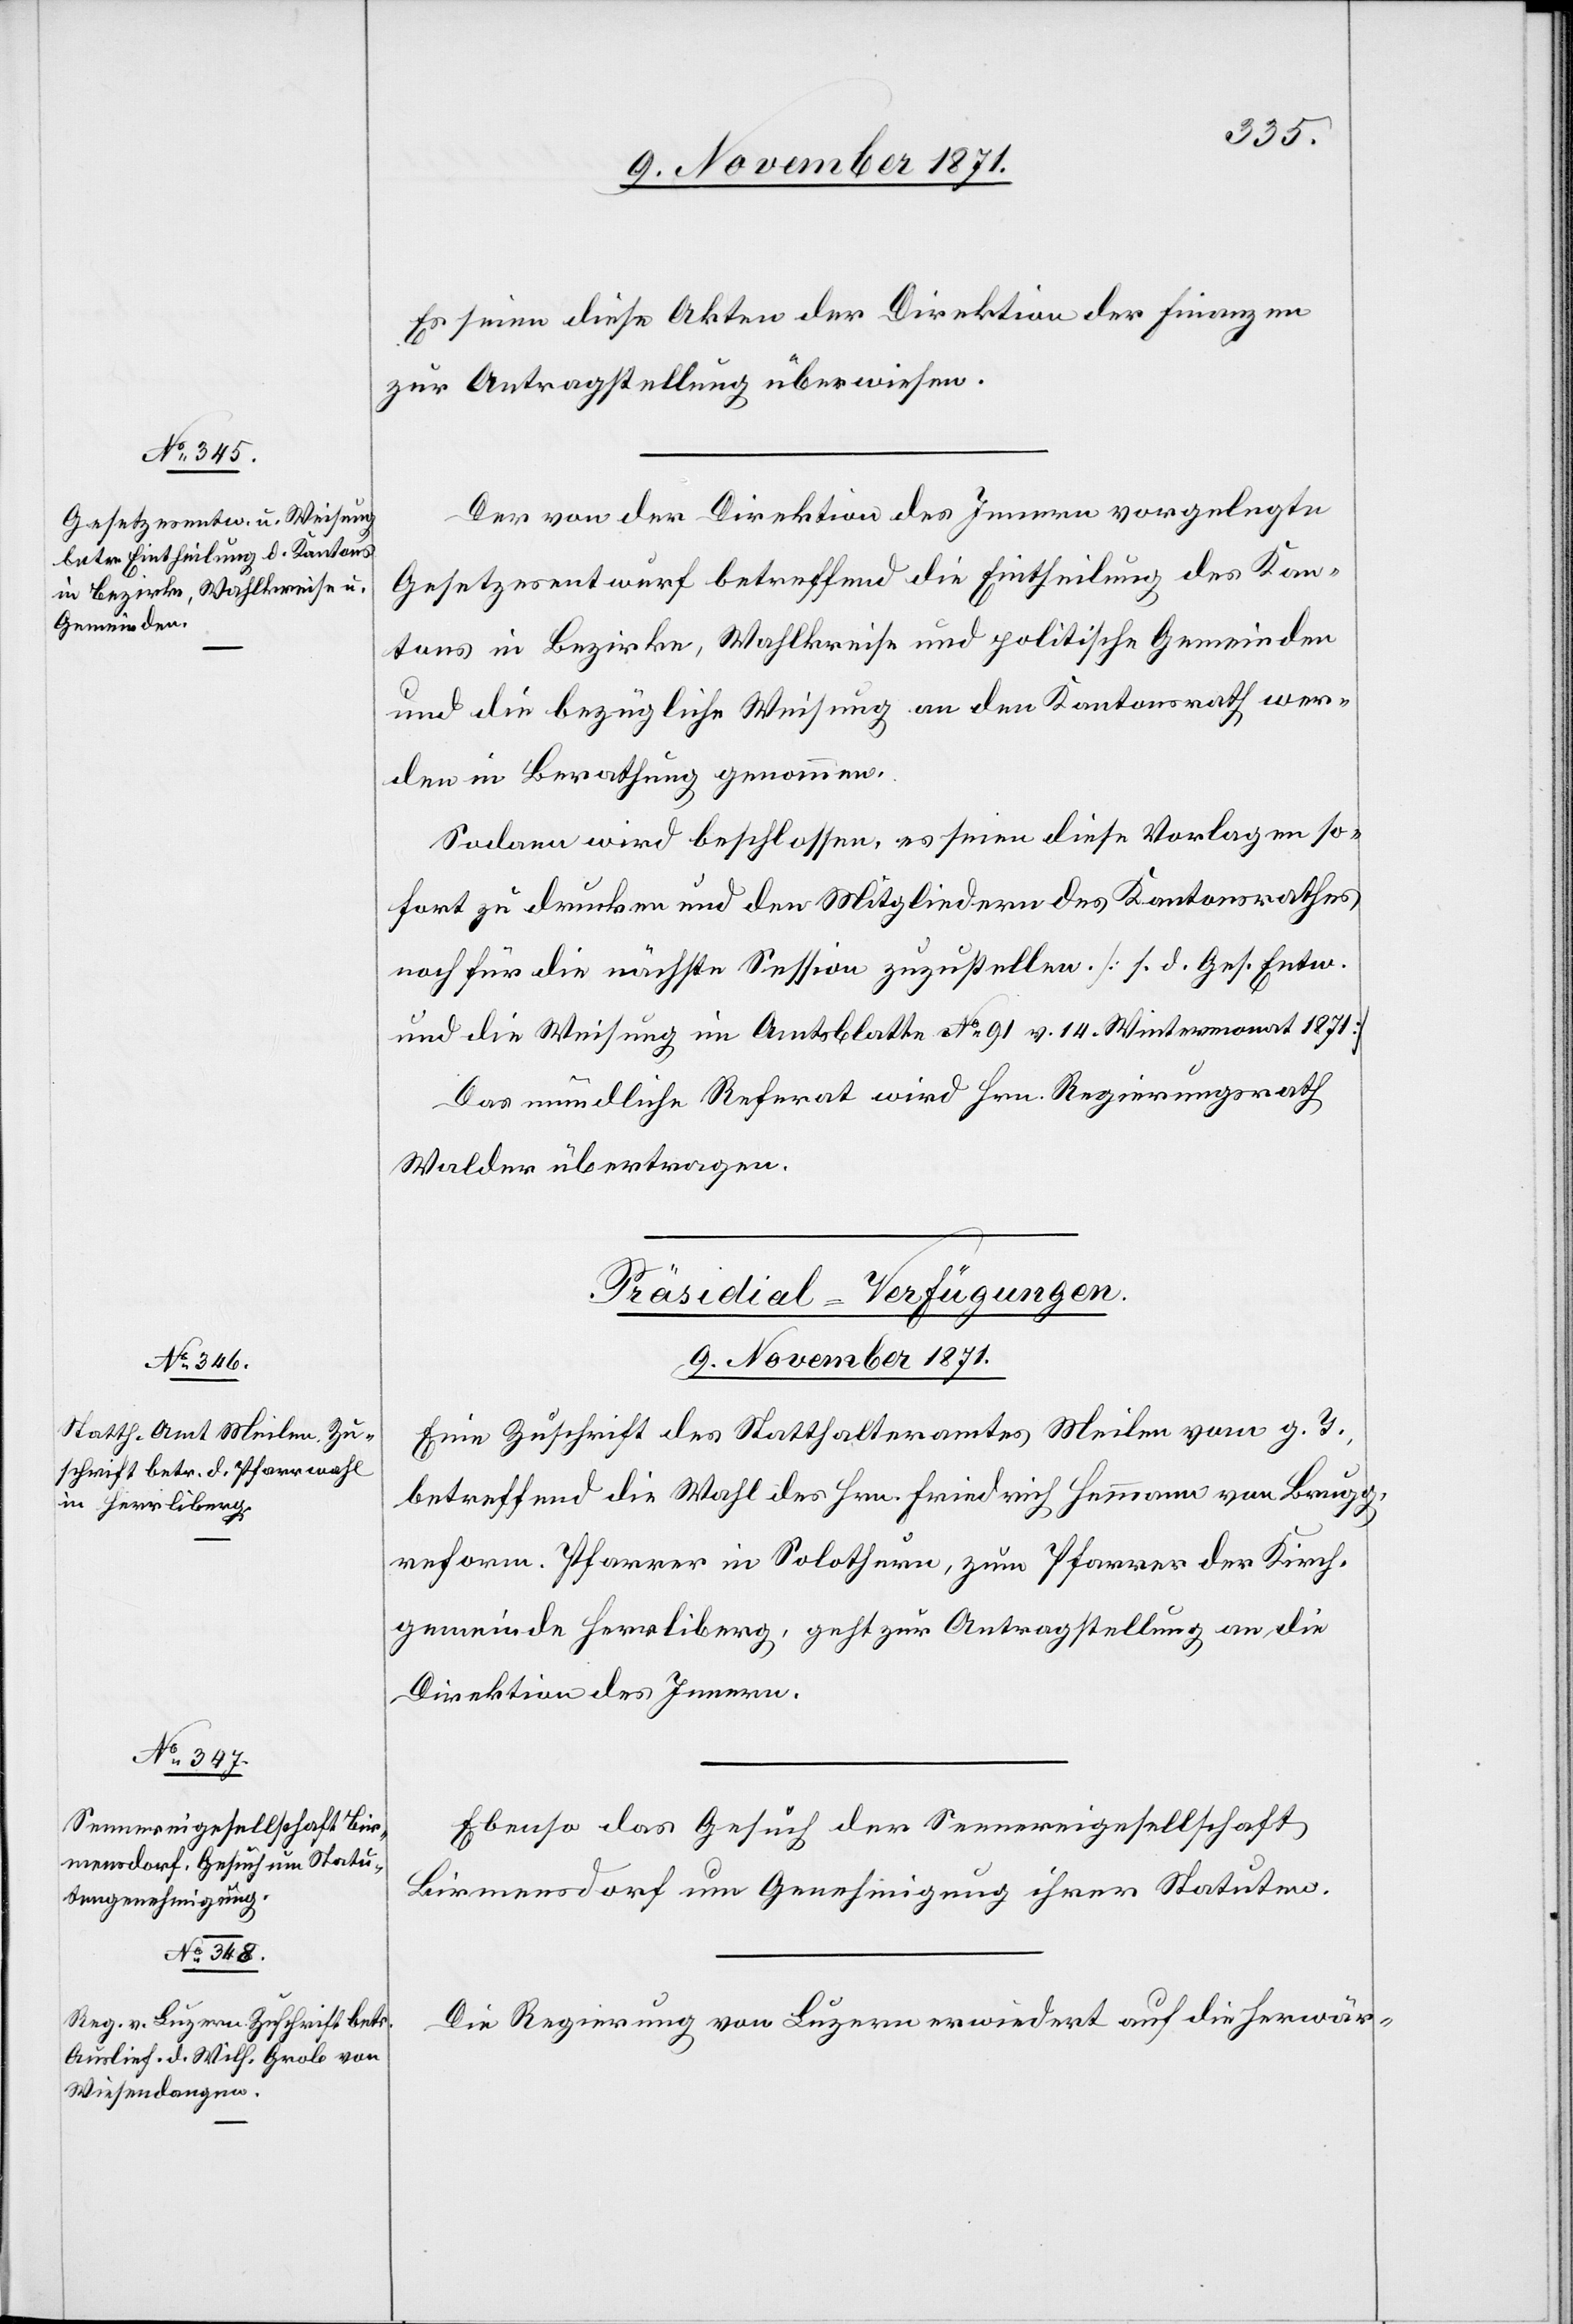
Es seien diese Akten der Direktion der Finanzen
zur Antragstellung überwiesen.
Der von der Direktion des Innern vorgelegte
Gesetzesentwurf betreffend die Eintheilung des Kan¬
tons in Bezirke, Wahlkreise und politische Gemeinden
und die bezügliche Weisung an den Kantonsrath wer¬
den in Berathung genommen.
Sodann wird beschlossen, es seien diese Vorlagen so¬
fort zu drucken und den Mitgliedern des Kantonsrathes
noch für die nächste Session zuzustellen [s. d. Ges. Ent.
und die Weisung im Amtsblatte No 91 v. 14. Wintermonat 1871]
Das mündliche Referat wird Hrn. Regierungsrath
Walder übertragen.
[Präsidial-Verfügungen.
9. November 1871.]
Eine Zuschrift des Statthalteramtes Meilen vom g. T.
betreffend die Wahl des Hrn. Friedrich Hemmann von Brugg,
reform. Pfarrer in Solothurn, zum Pfarrer der Kirch¬
gemeinde Herrliberg, geht zur Antragstellung an die
Direktion des Innern.
Ebenso das Gesuch der Sennereigesellschaft
Birmensdorf um Genehmigung ihrer Statuten.
Die Regierung von Luzern erwiedert auf die herwär-